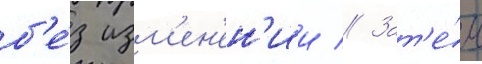
б'е́з изм'ен'ен'ии // Зат'е́м